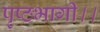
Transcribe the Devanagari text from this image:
पृष्ठभागी।।